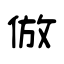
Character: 倣